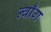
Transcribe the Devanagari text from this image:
न्वाँग